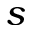
s